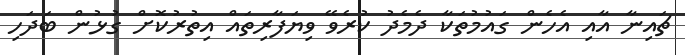
ޗައިނާ އާއި އެހެން ގައުމުތަކާ ދެމެދު ކުރެވޭ ވިޔަފާރިތައް އިތުރުކޮށް ގުުޅުން ބަދަހި